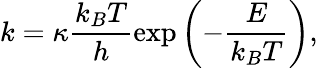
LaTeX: k=\kappa\frac{k_{B}T}{h}\exp\left(-\frac{E}{k_{B}T}\right),